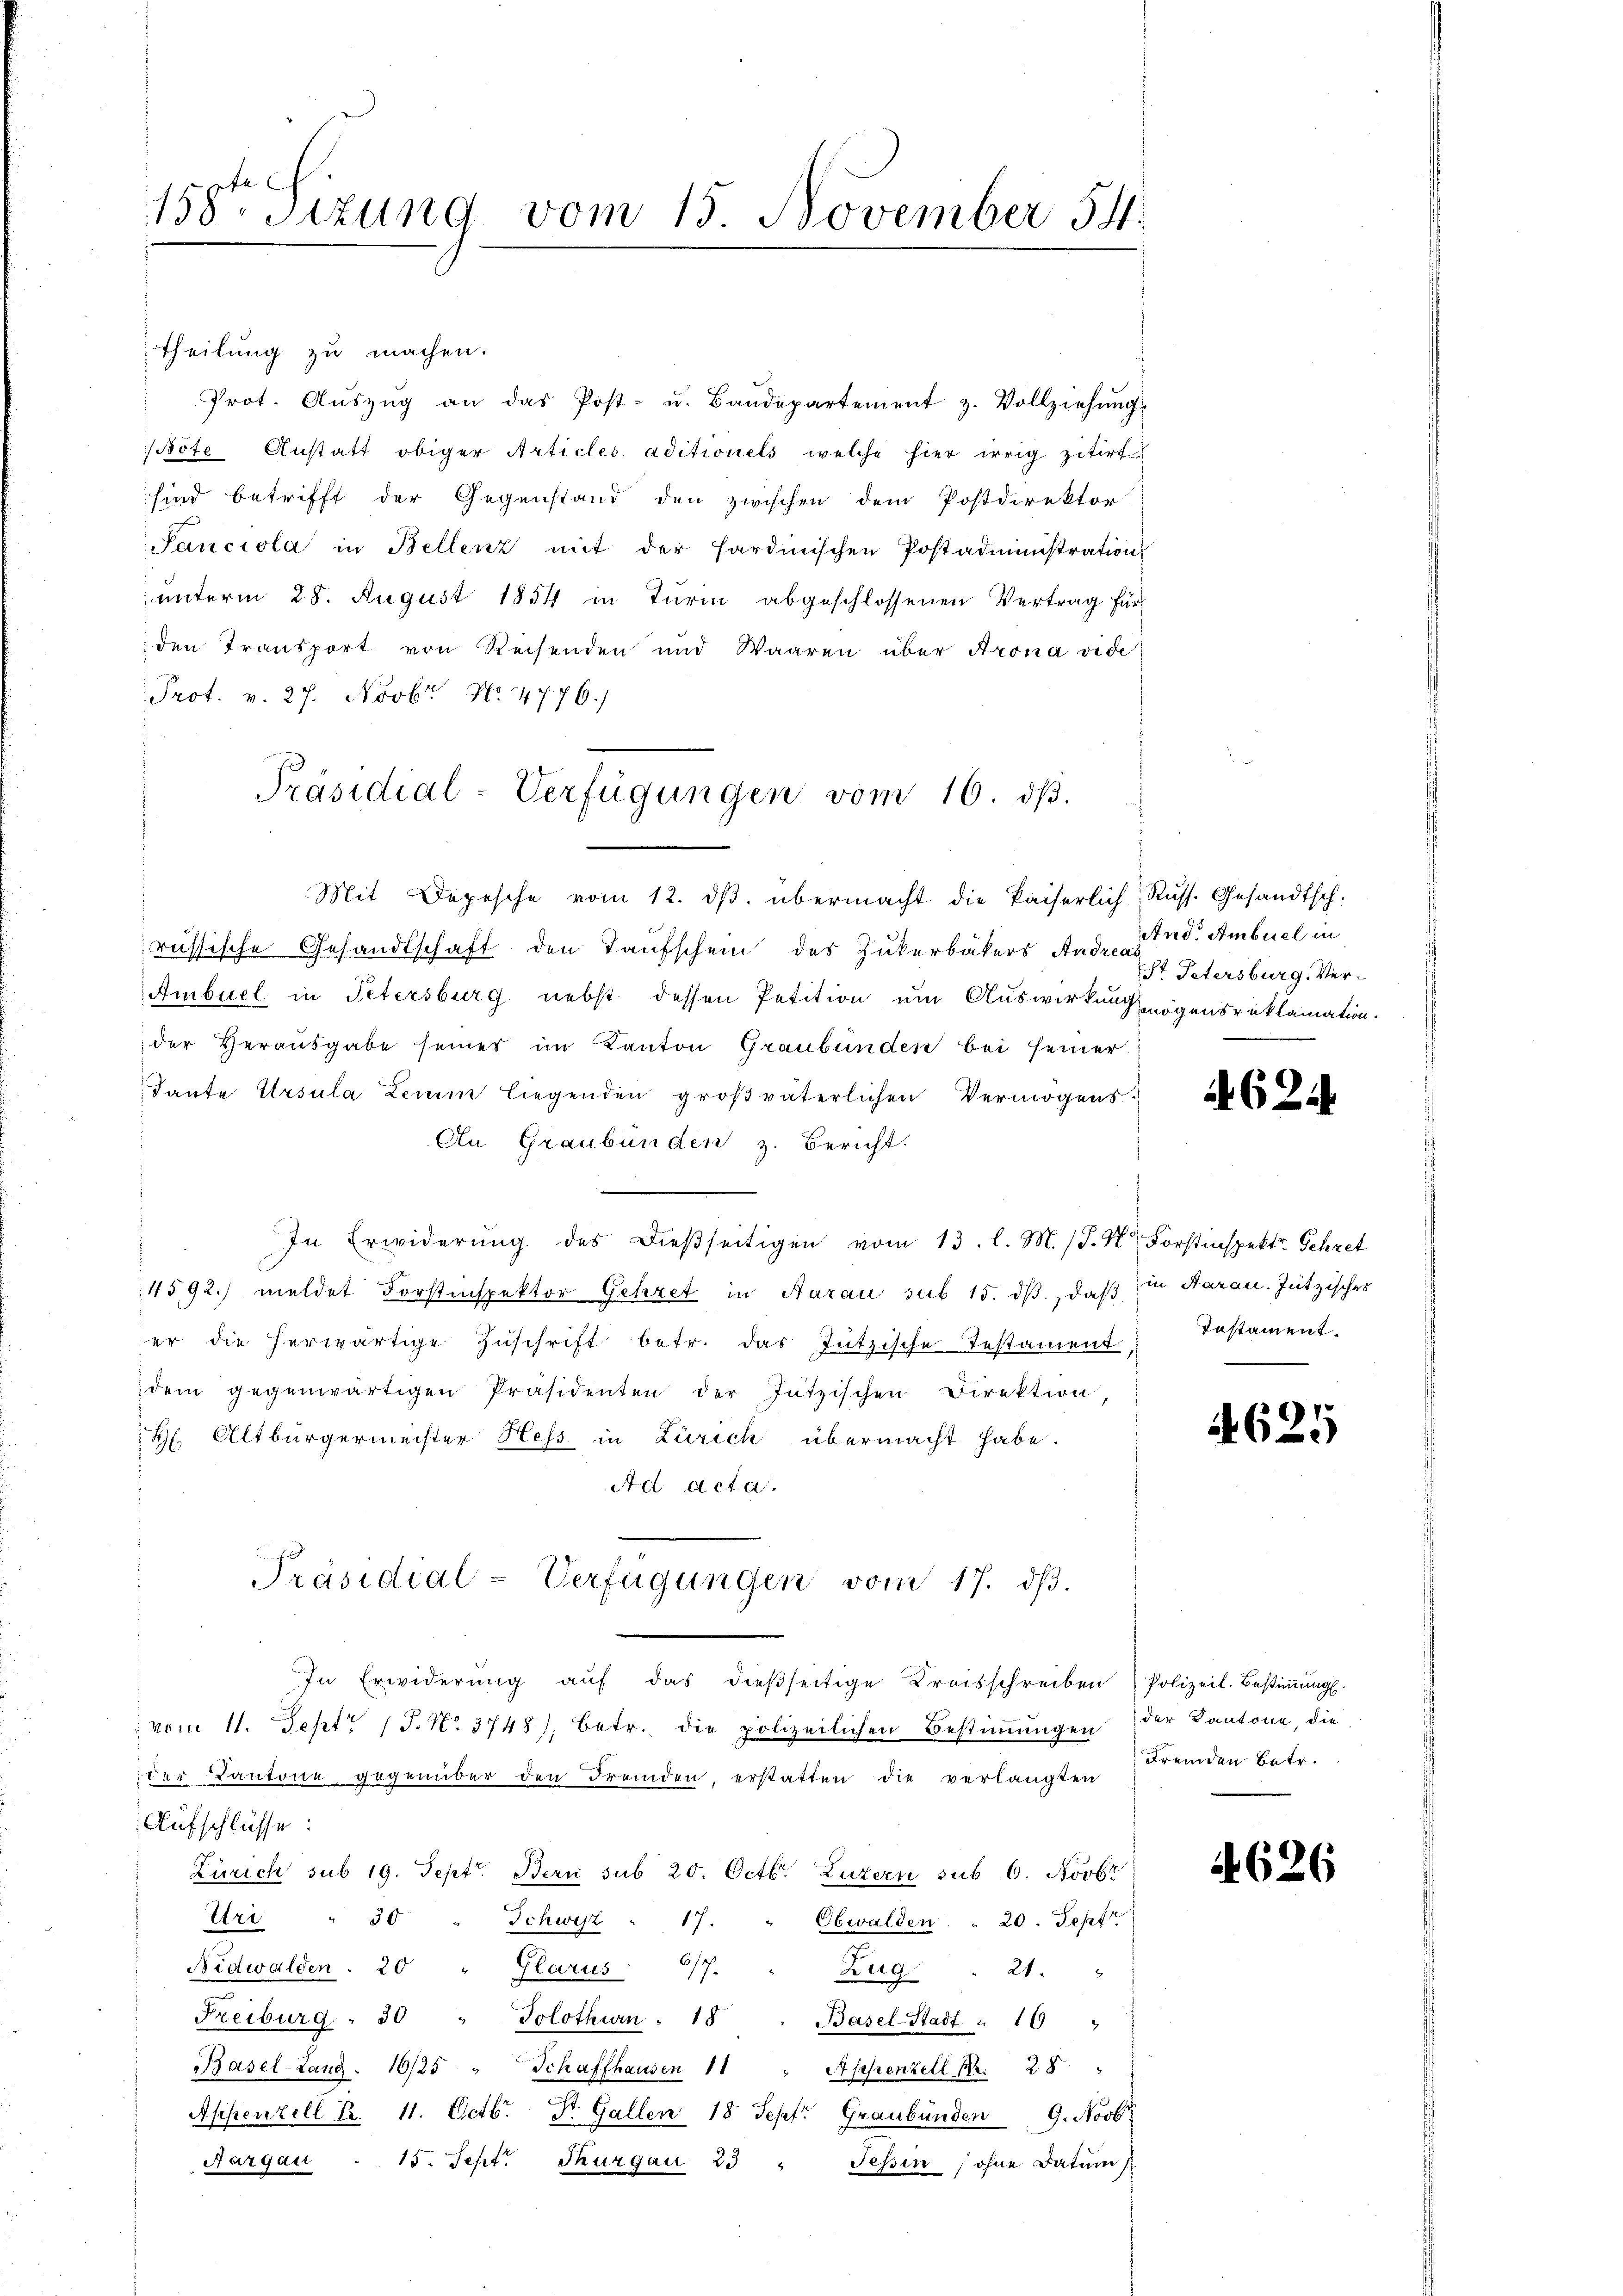
158ten Sizung vom 15. November 54

theilung zu machen.
" Prot. Aŭszŭg an das Post- u. Bandepartement z. Vollziehŭngs
Böte Anstatt obiger Articles aditionels welche hier irrig zitirt.
sind betrifft der Gegenstand den zwischen dem Postdirektor
Sanciola in Bellenz mit der sardinischen Postadministration
unterm 28. August 1854 in Turin abgeschlossenen Vertrag für
den Transport von Reisenden und Waaren über Krona vide
Prot. v. 27. Novbr. No. 4776/
Mit Depesche vom 12. dβ. übermacht die kaiserlich, Russ. Gesandtsch.
russische Gesandtschaft den Taufschein des Zukerbäckers And. d. Ambuel in
Ambuel in Petersburg nebst dessen Petition um Auswirkung mögensreklamation.
der Verausgabe seines im Kanton Graubünden bei seiner
Tante Ursula Leuen liegenden großväterlichen Vermögens
An Graubünden z. Bericht.
In Erwiderŭng des dieβseitigen vom 13. l. M. (T. K. Forstinspektr. Schret
4592. meldet Forstinspektor Gehret in Aarau sub 15. dß, daß in Aarau. Jützisches
er die herwärtige Zŭschrift betr. das Jützische Testament
dem gegenwärtigen Präsidenten der Jätzischen Direktion,
H Altbürgermeister Hess in Zürich übermacht habe.
Ad Acta.
Präsidial-Verfügungen vom 17. dβ.
In Erwiderŭng aŭf das dieβseitige Kreisschreiben Polizeil. Bestiṁŭng.
vom 11. Sept. 17. No. 3748), betr. die polizeilichen Bestiṁŭngen
der Kantone gegenüber den Fremden, erstatten die verlangten
Aufschlüsse:
Zürich sub 19. Sept. Bern sub 20. Octbr. Luzern sub 6. Novbr
Uri
30 " Schwest " 17. " Obwalden " 20. Sept
Nidwalden. 20 " Glarus 617.
Zug. 21.
Freiburg . 30 " Solothurn . 18 " Basel-Stadt " 16 "
Basel-Lang 16/25 " Schaffhausen 11 " Appenzell Nr. 28 "
Appenzell Fr. 11. Octbr. St. Gallen 18 Sept. Graubünden 9. Novb.
Aargau " 15. Sept. Thurgau 23 " Tessin (ohne Datum

Präsidial-Verfügungen vom 16. dβ.

St. Petersburg. Ver¬

A624

Instament.

A625

der Kantone, die
Fremden Betr.

626